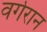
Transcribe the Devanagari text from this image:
वर्गरान